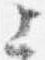
上